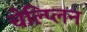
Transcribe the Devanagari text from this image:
चेल्प्लिन